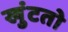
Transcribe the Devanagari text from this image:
खुंटतो